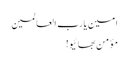
امین یارب العالمین
مؤمن بھائیو!